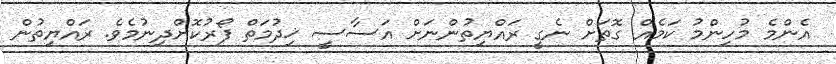
އެންމެ މުހިންމު ކަމެއް ގޮތަށް ނެގީ ރައްޔިތުންނަށް އަސާސީ ޚިދުމަތް ފޯރުކޮށްދިނުމެވެ. ރައްޔިތުން